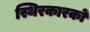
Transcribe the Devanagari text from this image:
स्थिरकारकों